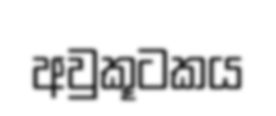
අවුකූටකය